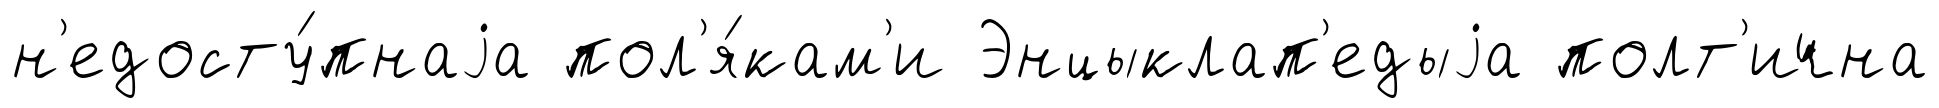
н'едосту́пнаjа пол'я́кам'и Энцыклап'едыjа полт'ична